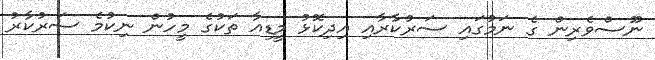
ނޫސްވެރިން ގެ ނަމުގައި ސަރުކާރާއި އިދިކޮޅު މީޑިއާ ތަކުގެ މީހުން ނިކުމެ ސަރުކާރު